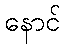
နောင်